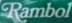
Rambol